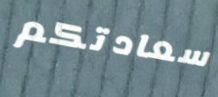
سعادتكم